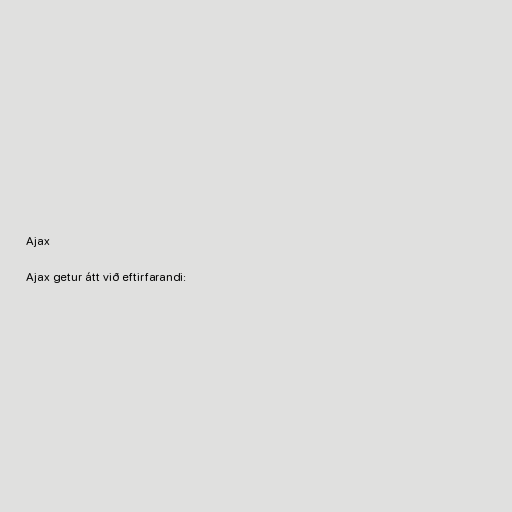
Ajax

Ajax getur átt við eftirfarandi: